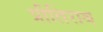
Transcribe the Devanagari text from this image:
प्रीतिराव